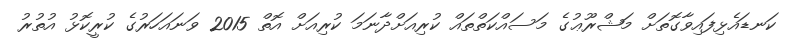
ކަނޑައެޅިފައިވާގޮތަށް މަޝްރޫޢުގެ މަސައްކަތްތައް ކުރިއަށްދާނަމަ ކުރިއަށް އޮތް 2015 ވަނައަހަރުގެ ކުރީކޮޅު އުތުރު